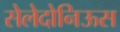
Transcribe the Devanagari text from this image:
सेलेदोनिऊस